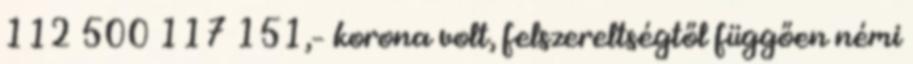
112 500 117 151,– korona volt, felszereltségtől függően némi